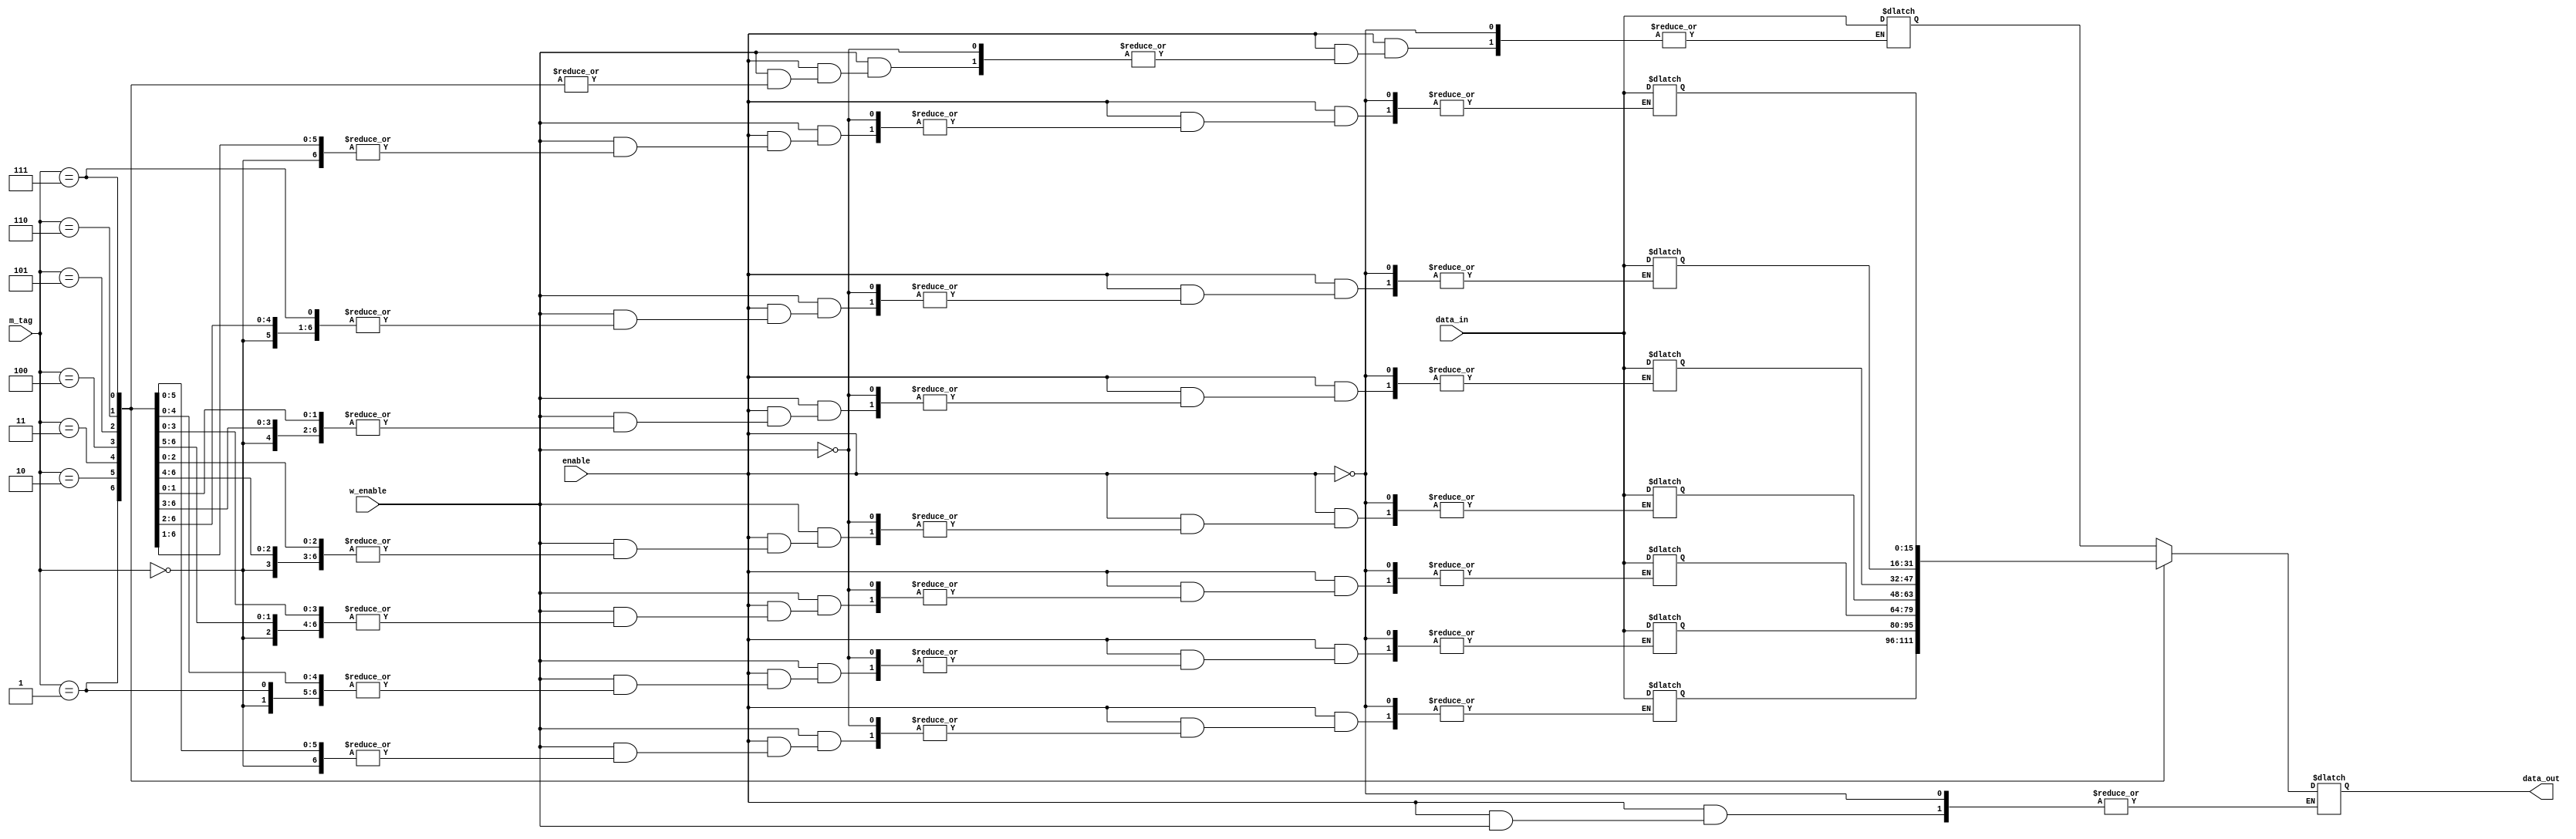
module memory(m_tag, enable, w_enable, data_in, data_out);
    input [2:0] m_tag;
    input enable, w_enable;
    input [15:0] data_in;

    output reg [15:0] data_out;

    reg [15:0] datas [7:0];

    initial begin
        datas[0] = 8; datas[4] = 0; // B0
        datas[1] = 10; datas[5] = 0; // B1
        datas[2] = 20; datas[6] = 0; // B2
        datas[3] = 30; datas[7] = 7; // B3
    end

    always @(*) begin
        if (enable) begin
            if (w_enable) begin // Write-back
                datas[m_tag] = data_in;
            end

            else begin // Read
                data_out = datas[m_tag];
            end
        end
    end

endmodule